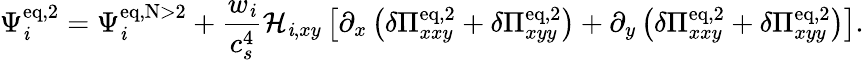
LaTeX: \Psi_{\mathit{i}}^{\mathrm{{eq,2}}}=\Psi_{\mathit{i}}^{\mathrm{{eq,N>2}}}+\frac{{w_{\mathit{i}}}}{{c_{s}^{4}}}\mathcal{{H}}_{\mathit{i},xy}\left[\partial_{x}\left(\delta\Pi_{xxy}^{\mathrm{{eq,2}}}+\delta\Pi_{xyy}^{\mathrm{{eq,2}}}\right)+\partial_{y}\left(\delta\Pi_{xxy}^{\mathrm{{eq,2}}}+\delta\Pi_{xyy}^{\mathrm{{eq,2}}}\right)\right].